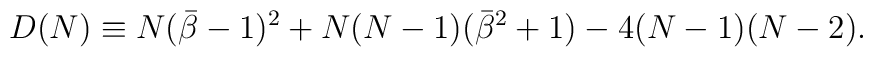
D(N)\equiv N({\bar\beta}-1)^2+N(N-1)({\bar\beta}^2+1)-4(N-1)(N-2).